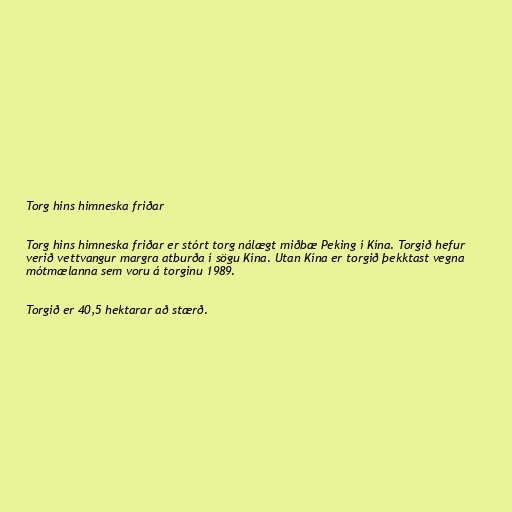
Torg hins himneska friðar

Torg hins himneska friðar er stórt torg nálægt miðbæ Peking í Kína. Torgið hefur
verið vettvangur margra atburða í sögu Kína. Utan Kína er torgið þekktast vegna
mótmælanna sem voru á torginu 1989.

Torgið er 40,5 hektarar að stærð.